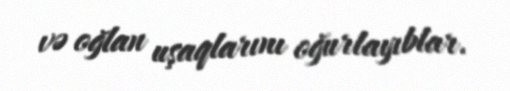
və oğlan uşaqlarını oğurlayıblar.